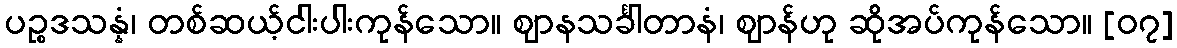
ပဉ္စဒသန္နံ၊ တစ်ဆယ့်ငါးပါးကုန်သော။ ဈာနသင်္ခါတာနံ၊ ဈာန်ဟု ဆိုအပ်ကုန်သော။ [၀၇]